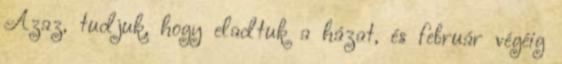
Azaz, tudjuk, hogy eladtuk a házat, és február végéig